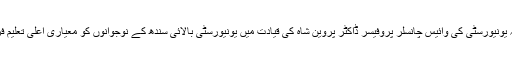
انہوں نے کہا کہ یونیورسٹی کی وائیس چانسلر پروفیسر ڈاکٹر پروین شاہ کی قیادت میں یونیورسٹی بالائی سندھ کے نوجوانوں کو معیاری اعلیٰ تعلیم فراہم کررہی ہے۔